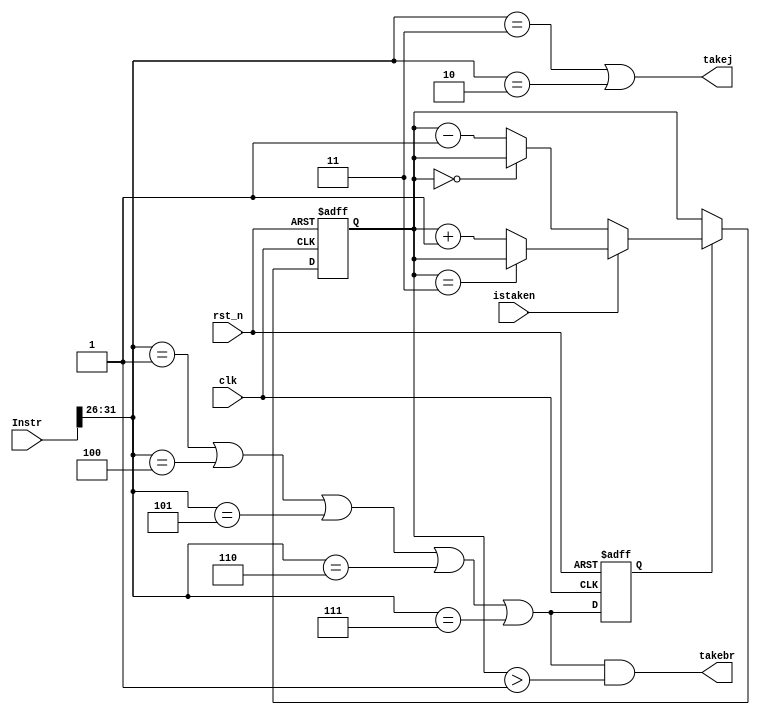
`timescale 1ns / 1ps
/*
    Branch prediction module
*/
module branchpre(
    input clk,
    input rst_n,
    input [31:0] Instr,
    input istaken,
    output takebr,
    output takej
    );

wire isbranch;
reg [1:0] state;
reg thatbranch;

parameter BZ = 6'b1;
parameter BEQ = 6'b100;
parameter BNE = 6'b101;
parameter BLEZ = 6'b110;
parameter BGTZ = 6'b111;
parameter J = 6'h2;
    parameter JR = 6'h8;
    parameter JALR = 6'h9;
parameter JAL = 6'h3;

wire [5:0] opcode;

wire [5:0] funct;
assign opcode = Instr[31:26];
assign funct = Instr[5:0];
assign rtype = !opcode;
assign isbranch = (opcode == BZ) || (opcode == BEQ) || (opcode == BNE) || opcode == BLEZ || opcode == BGTZ;
//Do not predict JR jump since the destination address is subject to future change
assign isJump =  (opcode == JAL) || (opcode == J);

always @(posedge clk, negedge rst_n)
begin
    if(~rst_n)
    begin
        state <= 0;
        thatbranch <= 0;
    end
    else
    begin
        thatbranch <= isbranch;
        if(thatbranch)
        begin
            if(istaken)
                state <= state == 3 ? state : state + 1;
            else
                state <= state == 0 ? state : state - 1;
         end
    end
end

assign takebr = (isbranch && ($unsigned(state) > 1));
assign takej = isJump;
endmodule